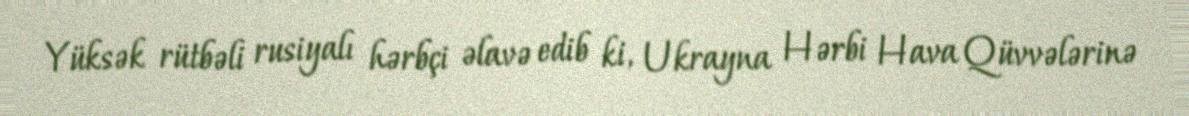
Yüksək rütbəli rusiyalı hərbçi əlavə edib ki, Ukrayna Hərbi Hava Qüvvələrinə